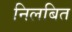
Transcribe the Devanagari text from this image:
निलबित